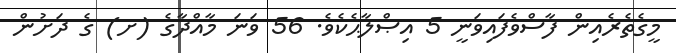
މީގެތެރެއިން ފާސްވެފައިވަނީ 5 އިޞްލާޙެކެވެ. 56 ވަނަ މާއްދާގެ (ށ) ގެ ދަށުން